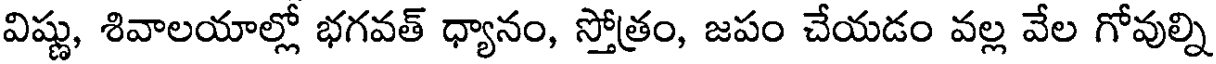
విష్ణు, శివాలయాల్లో భగవత్ ధ్యానం, స్తోత్రం, జపం చేయడం వల్ల వేల గోవుల్ని